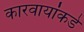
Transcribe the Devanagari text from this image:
कारवायांकडे